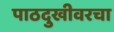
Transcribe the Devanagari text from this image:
पाठदुखीवरचा